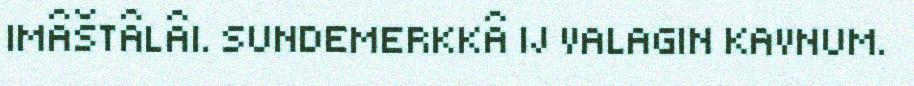
IMÂŠTÂLÂI. SUNDEMERKKÂ IJ VALAGIN KAVNUM.